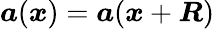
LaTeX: \boldsymbol a(\boldsymbol x)=\boldsymbol a(\boldsymbol x+\boldsymbol R)